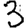
Digit: 3